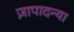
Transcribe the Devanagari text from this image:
ज़ापादन्या